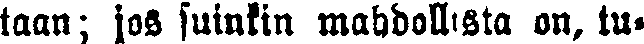
taan; jos suinkin mahdollista on, tu-